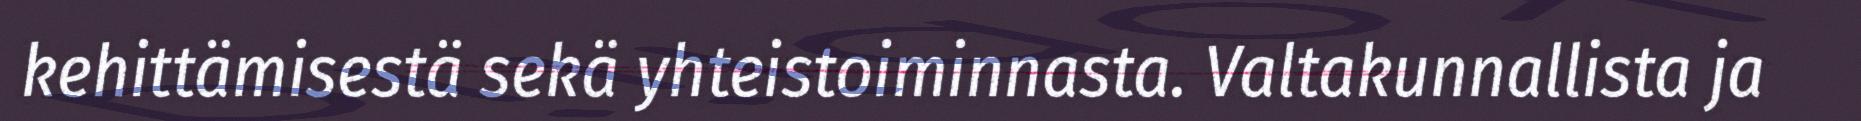
kehittämisestä sekä yhteistoiminnasta. Valtakunnallista ja